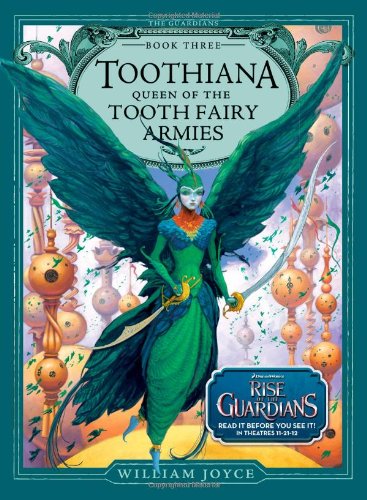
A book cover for Toothiana, Queen of the Tooth Fairy Armies (The Guardians); William Joyce; Children's Books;